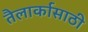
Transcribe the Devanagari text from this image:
तैलार्कासाठी